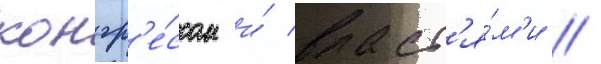
конгр'е́ссом и́ власт'я́м'и //